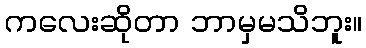
ကလေးဆိုတာ ဘာမှမသိဘူး။